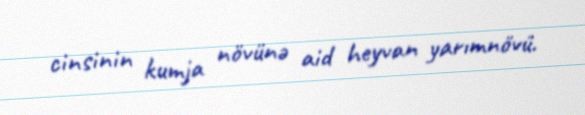
cinsinin kumja növünə aid heyvan yarımnövü.